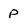
Character: p